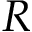
R